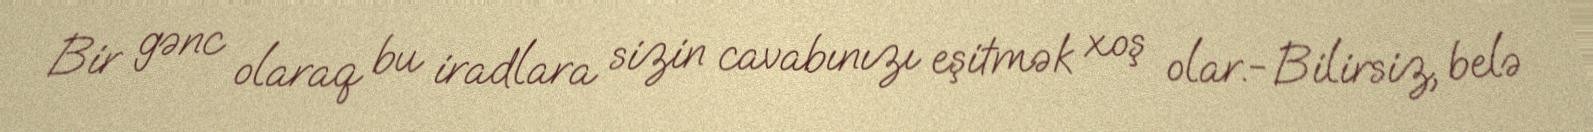
Bir gənc olaraq bu iradlara sizin cavabınızı eşitmək xoş olar.- Bilirsiz, belə